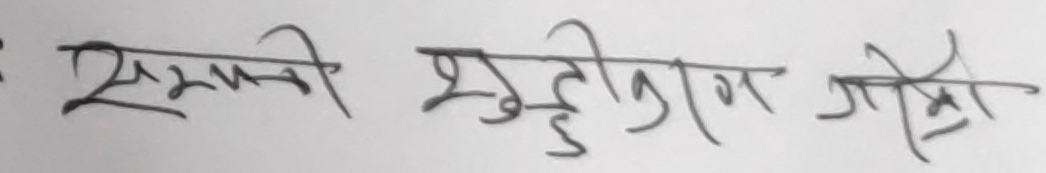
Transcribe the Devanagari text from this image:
सम्पर्क शुद्धीकरण गयो